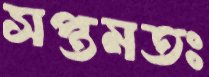
সপ্তমতঃ